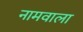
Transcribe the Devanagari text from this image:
नामवाला